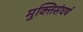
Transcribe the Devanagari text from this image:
मुक्तिसंघर्ष